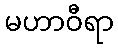
မဟာဝီရာ